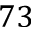
7 3